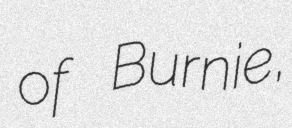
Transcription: of Burnie,